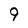
Character: 9